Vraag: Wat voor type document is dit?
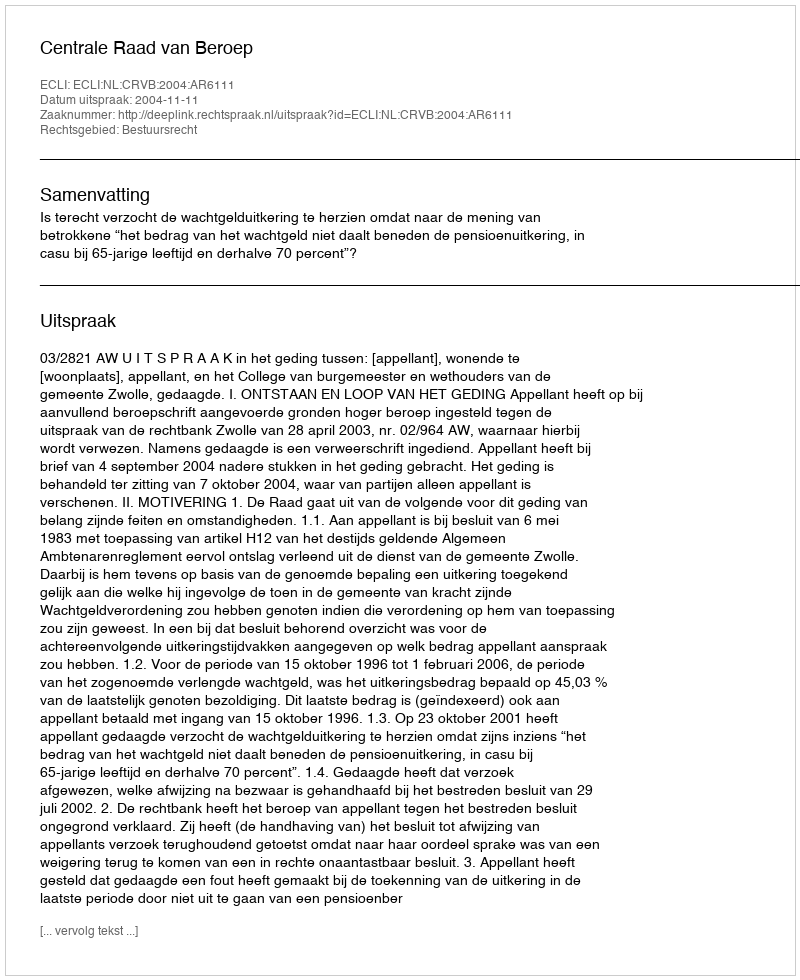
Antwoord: Uitspraak